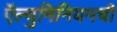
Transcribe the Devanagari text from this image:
ऍल्युमिनियमची